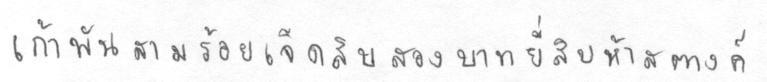
เก้าพันสามร้อยเจ็ดสิบสองบาทยี่สิบห้าสตางค์